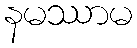
နမဿာမ